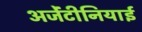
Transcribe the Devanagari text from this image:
अर्जेंटीनियाई